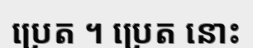
ប្រេត ។ ប្រេត នោះ